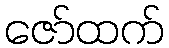
ဇော်ထက်